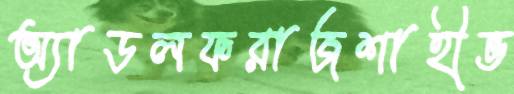
অ্যাডলফরাজশাহীভ